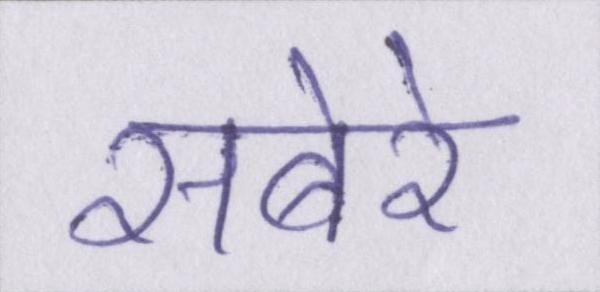
सबेरे